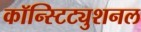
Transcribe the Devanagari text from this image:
कॉन्स्टिट्युशनल